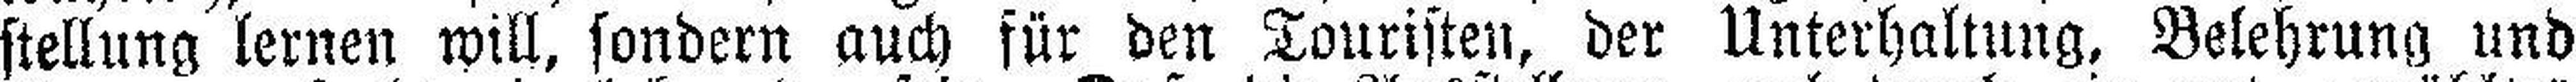
stellung lernen will, sondern auch für den Touristen, der Unterhaltung, Belehrung und